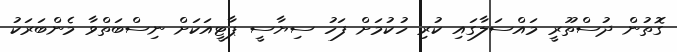
ގޮތުން ދުސްތޫރީ މައްސަލާގައި ކުރި ހުކުމަށް ފަހު ސިޔާސީ ޕާޓީއަކަށް ނިސްބަތްވާ މެންބަރަކު